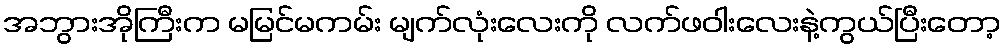
အဘွားအိုကြီးက မမြင်မကမ်း မျက်လုံးလေးကို လက်ဖဝါးလေးနဲ့ကွယ်ပြီးတော့